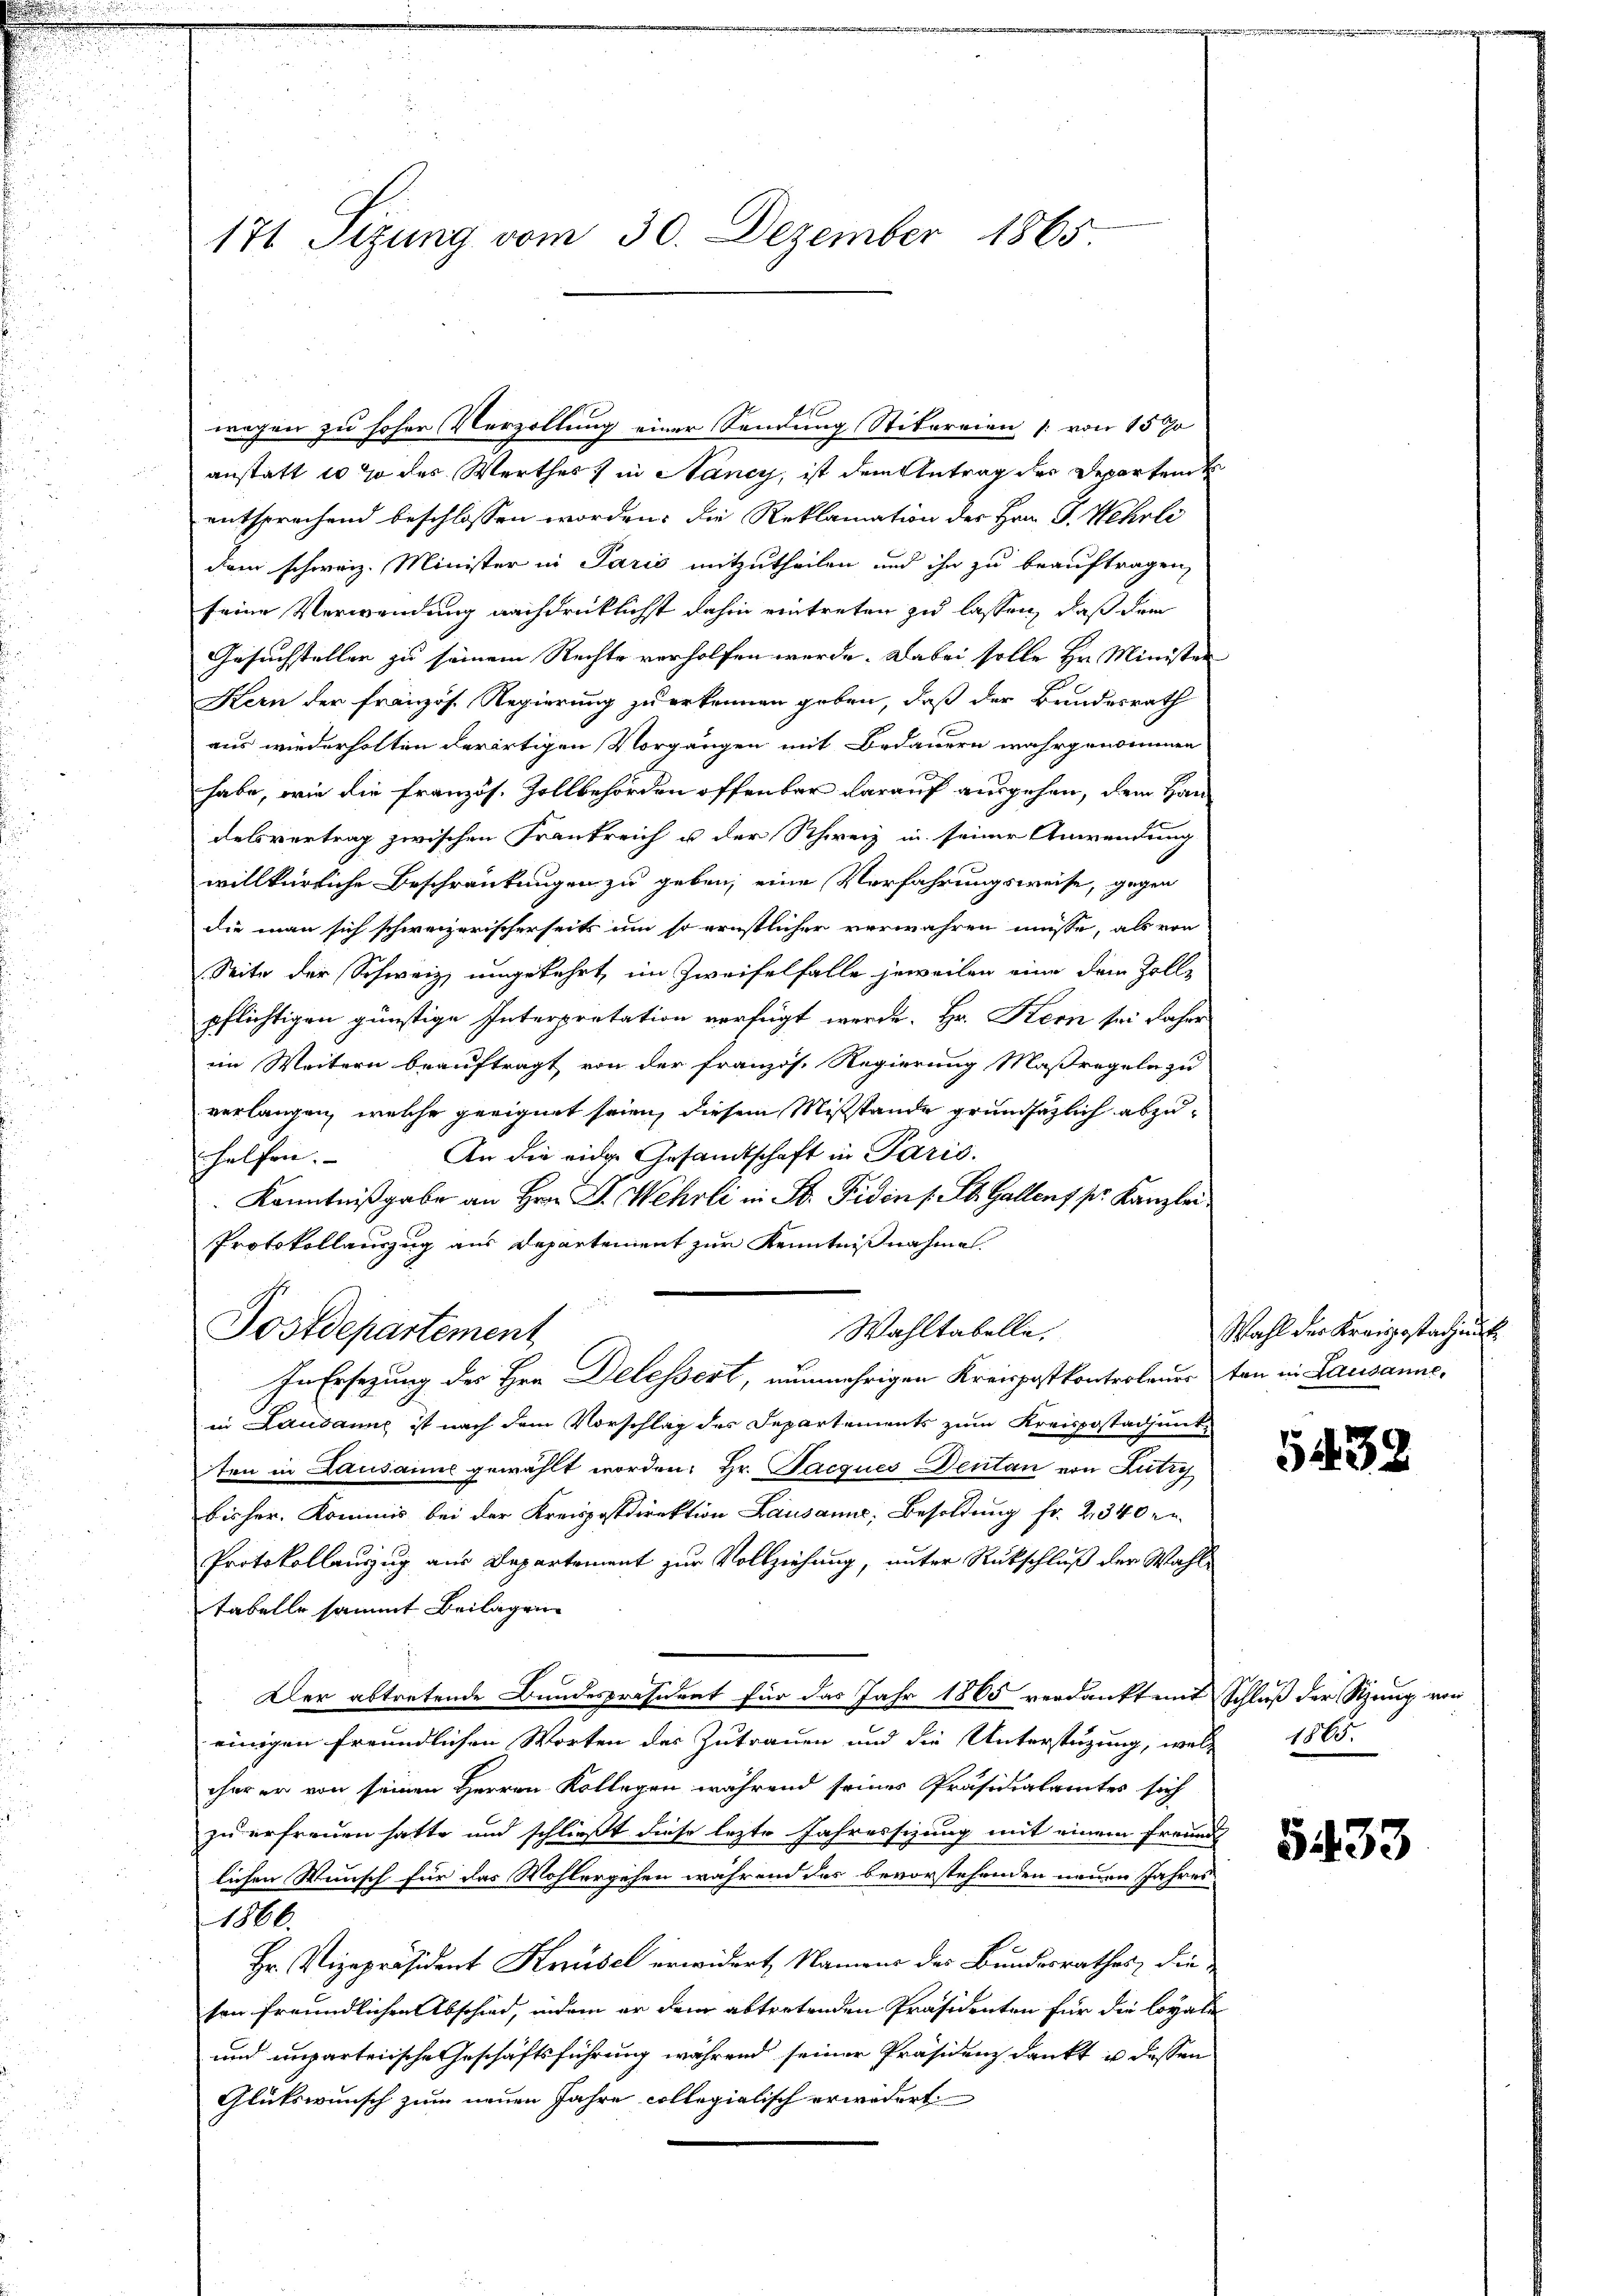
171 Sizung vom 30. Dezember 1865

wegen zu hoher Verzollung einer Sendung Stikereien [von 1570
anstatt es so des Werthes in Nancy, ist dem Antrag der Departen
entsprechend beschlossen worden, die Reklamation der Hrn. J. Wehrli
dem schweiz. Minister in Paris mitzutheilen und ihn zu beauftragen,
seine Verwendung nachdrücklichst dahin eintreten zu lassen, daß dem
Gesuchsteller zu seinem Rechte verholfen werde. Dabei solle Hr. Minister
Kern der französ. Regierung zu erkennen geben, daß der Bundesrath
aus wiederholten derartigen Vorgängen mit Bedauern wahrgenommen
habe, wie die französ. Zollbehörden offenbar darauf ausgehen, dem Handelsvertrag zwischen Frankreich u der Schweiz in seiner Anwendung
willkürliche Beschränkungen zu geben, eine Verfahrungsweise, gegen
die man sich schweizerischerseits um so ernstlicher verwahren müsse, als von
Seite der Schweiz ungekehrt, im Zweifelfalle jeweilen eine dem Zolle
pflichtigen günstige Interpretation verfügt werde. Hr. Kern sei Jahre
im Weitern beauftragt von der französ. Regierung Maßregeln zu
verlangen, welche geeignet seien, diesem Mißstände grundsätzlich abzu¬
An die eidge Gesandtschaft in Paris.
helfen. |
Kenntnißgabe an Hrn. Dr. Wehrli in St. Fiden 1 St. Gallens pr. Kanzlei
Protokollauszug aus Departement zur Kenntnißnahmen.
Wahltabelle,
Postdepartement
In Ersezung des Hrn. Delessert, nunmehrigen Kreispostkontroleuer tan in Lausanne.
in Lausanne ist nach dem Vorschlag des Departements zum Kreispostadjunk-
ten in Lausanne gewählt worden. Hr. Jacques Dentan von Lutry
bisher. Kommis bei der Kreispostdirektion Lausanne, Besoldung fr. 2340 er
Protokollauszug aus Departement zur Vollziehung, unter Rückschluß der Wahl-
tabelle sammt Beilagen
Der abtretende Bundespräsident für das Jahr 1865 verdankt mit Schluß der Sitzung von
einigen freundlichen Worten des Zutrauen und die Unterstüzung, welch 1865.
cher er von seinen Herren Kollegen während seines Präsidialamtes sich
zu erfreuen hatte und schließt diese lezte Jahressizung mit einem Freunds
lichen Wunsch für das Wohlergehen während das bevorstehenden neuen Jahres
1866.
Hr. Vizepräsident Knüsel erwidert, Namens der Bundesrathes, die
son freundlichen Abschied, indem er dem abtretenden Präsidenten für die loyale
und unparteiische Geschäftsführung während seiner Präsidenz dankt u dessen
Glütswunsch zum neuen Jahre collegialisch erwidert

E

Wahl der Kreisgestaunt

5439

5433